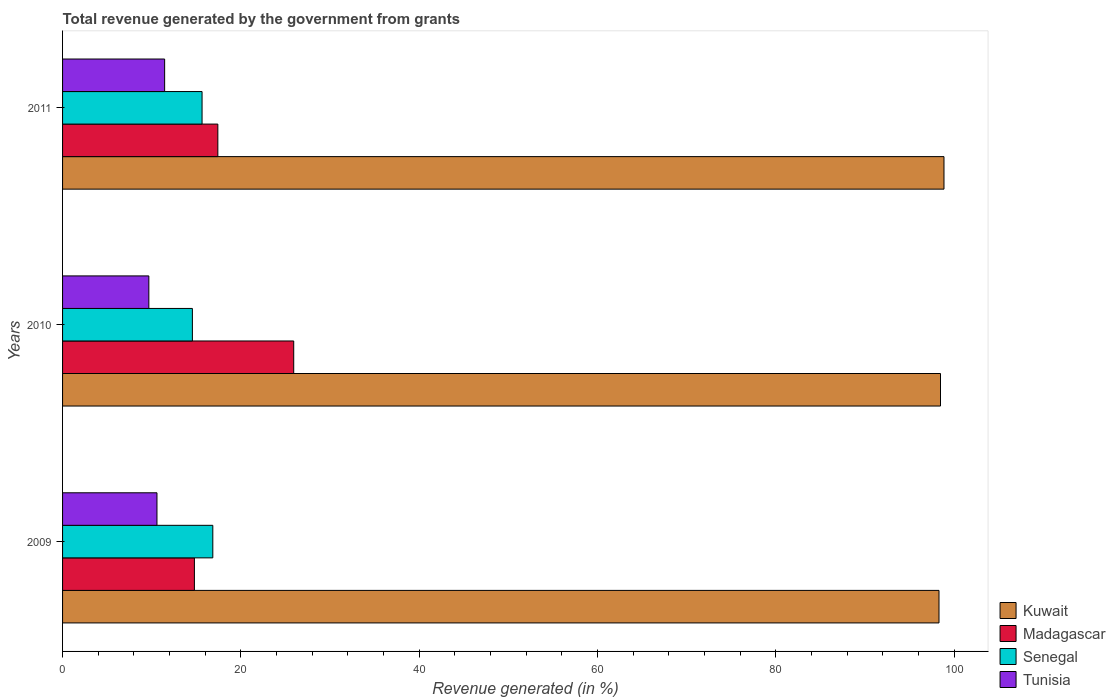
| Years | Kuwait | Madagascar | Senegal | Tunisia |
 | --- | --- | --- | --- | --- |
 | 2009 | 98.3 | 14.8 | 16.9 | 10.6 |
 | 2010 | 98.5 | 25.9 | 14.6 | 9.68 |
 | 2011 | 98.9 | 17.4 | 15.6 | 11.4 |